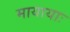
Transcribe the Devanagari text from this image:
मायायाः